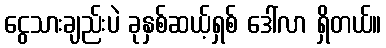
ငွေသားချည်းပဲ ခုနှစ်ဆယ့်ရှစ် ဒေါ်လာ ရှိတယ်။